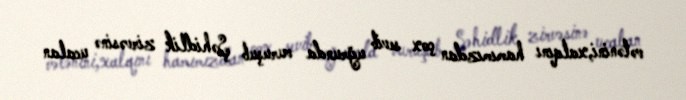
vətənini,xalqını hamımızdan çox sevib uğrunda vuruşub Şəhidlik zirvəsinə ucalan